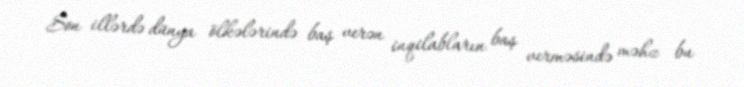
Son illərdə dünya ölkələrində baş verən inqilabların baş verməsində məhz bu